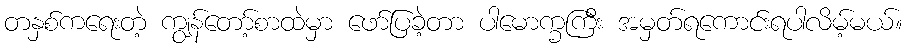
တနှစ်ကရေးတဲ့ ကျွန်တော့်စာထဲမှာ ဖော်ပြခဲ့တာ ပါမောက္ခကြီး အမှတ်ရကောင်းရပါလိမ့်မယ်။